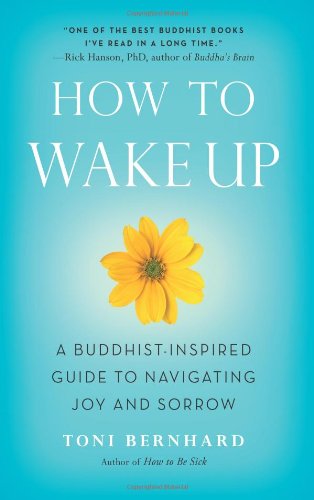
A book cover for How to Wake Up: A Buddhist-Inspired Guide to Navigating Joy and Sorrow; Toni Bernhard; Politics & Social Sciences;